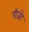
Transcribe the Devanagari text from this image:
पीजो